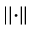
\left\vert \left\vert \cdot \right\vert \right\vert